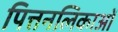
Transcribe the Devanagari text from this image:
पित्तनलिकाओं